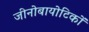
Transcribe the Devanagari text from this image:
जीनोबायोटिकों